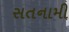
સતનામી